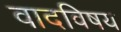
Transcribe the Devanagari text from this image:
वादविषय